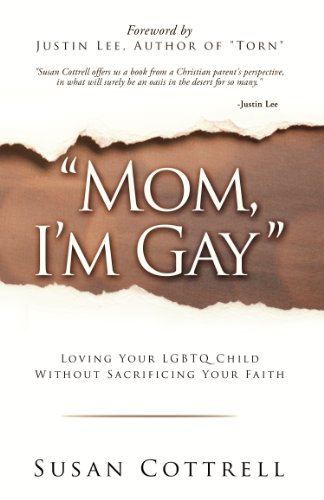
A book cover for Mom, I'm Gay - Loving Your LGBTQ Child Without Sacrificing Your Faith; Susan Cottrell; Gay & Lesbian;